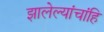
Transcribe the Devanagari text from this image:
झालेल्यांचांहि